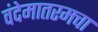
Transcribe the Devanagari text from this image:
वंदेमातरमचा